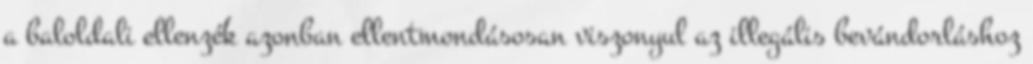
a baloldali ellenzék azonban ellentmondásosan viszonyul az illegális bevándorláshoz